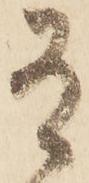
有